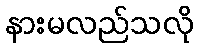
နားမလည်သလို